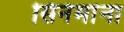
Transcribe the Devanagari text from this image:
सिनेमांना